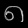
Digit: ၈